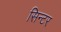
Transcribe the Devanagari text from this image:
सिन्टर